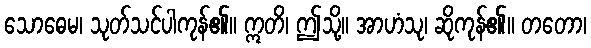
သောဓေမ၊ သုတ်သင်ပါကုန်၏။ ဣတိ၊ ဤသို့။ အာဟံသု၊ ဆိုကုန်၏။ တတော၊